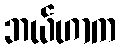
ဘယ်ဟာက